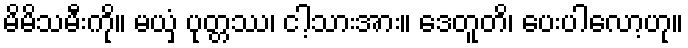
မိမိသမီးကို။ မယှံ ပုတ္တဿ၊ ငါ့သားအား။ ဒေတူတိ၊ ပေးပါလော့ဟု။